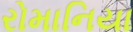
રોમાનિયા